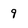
Character: 9